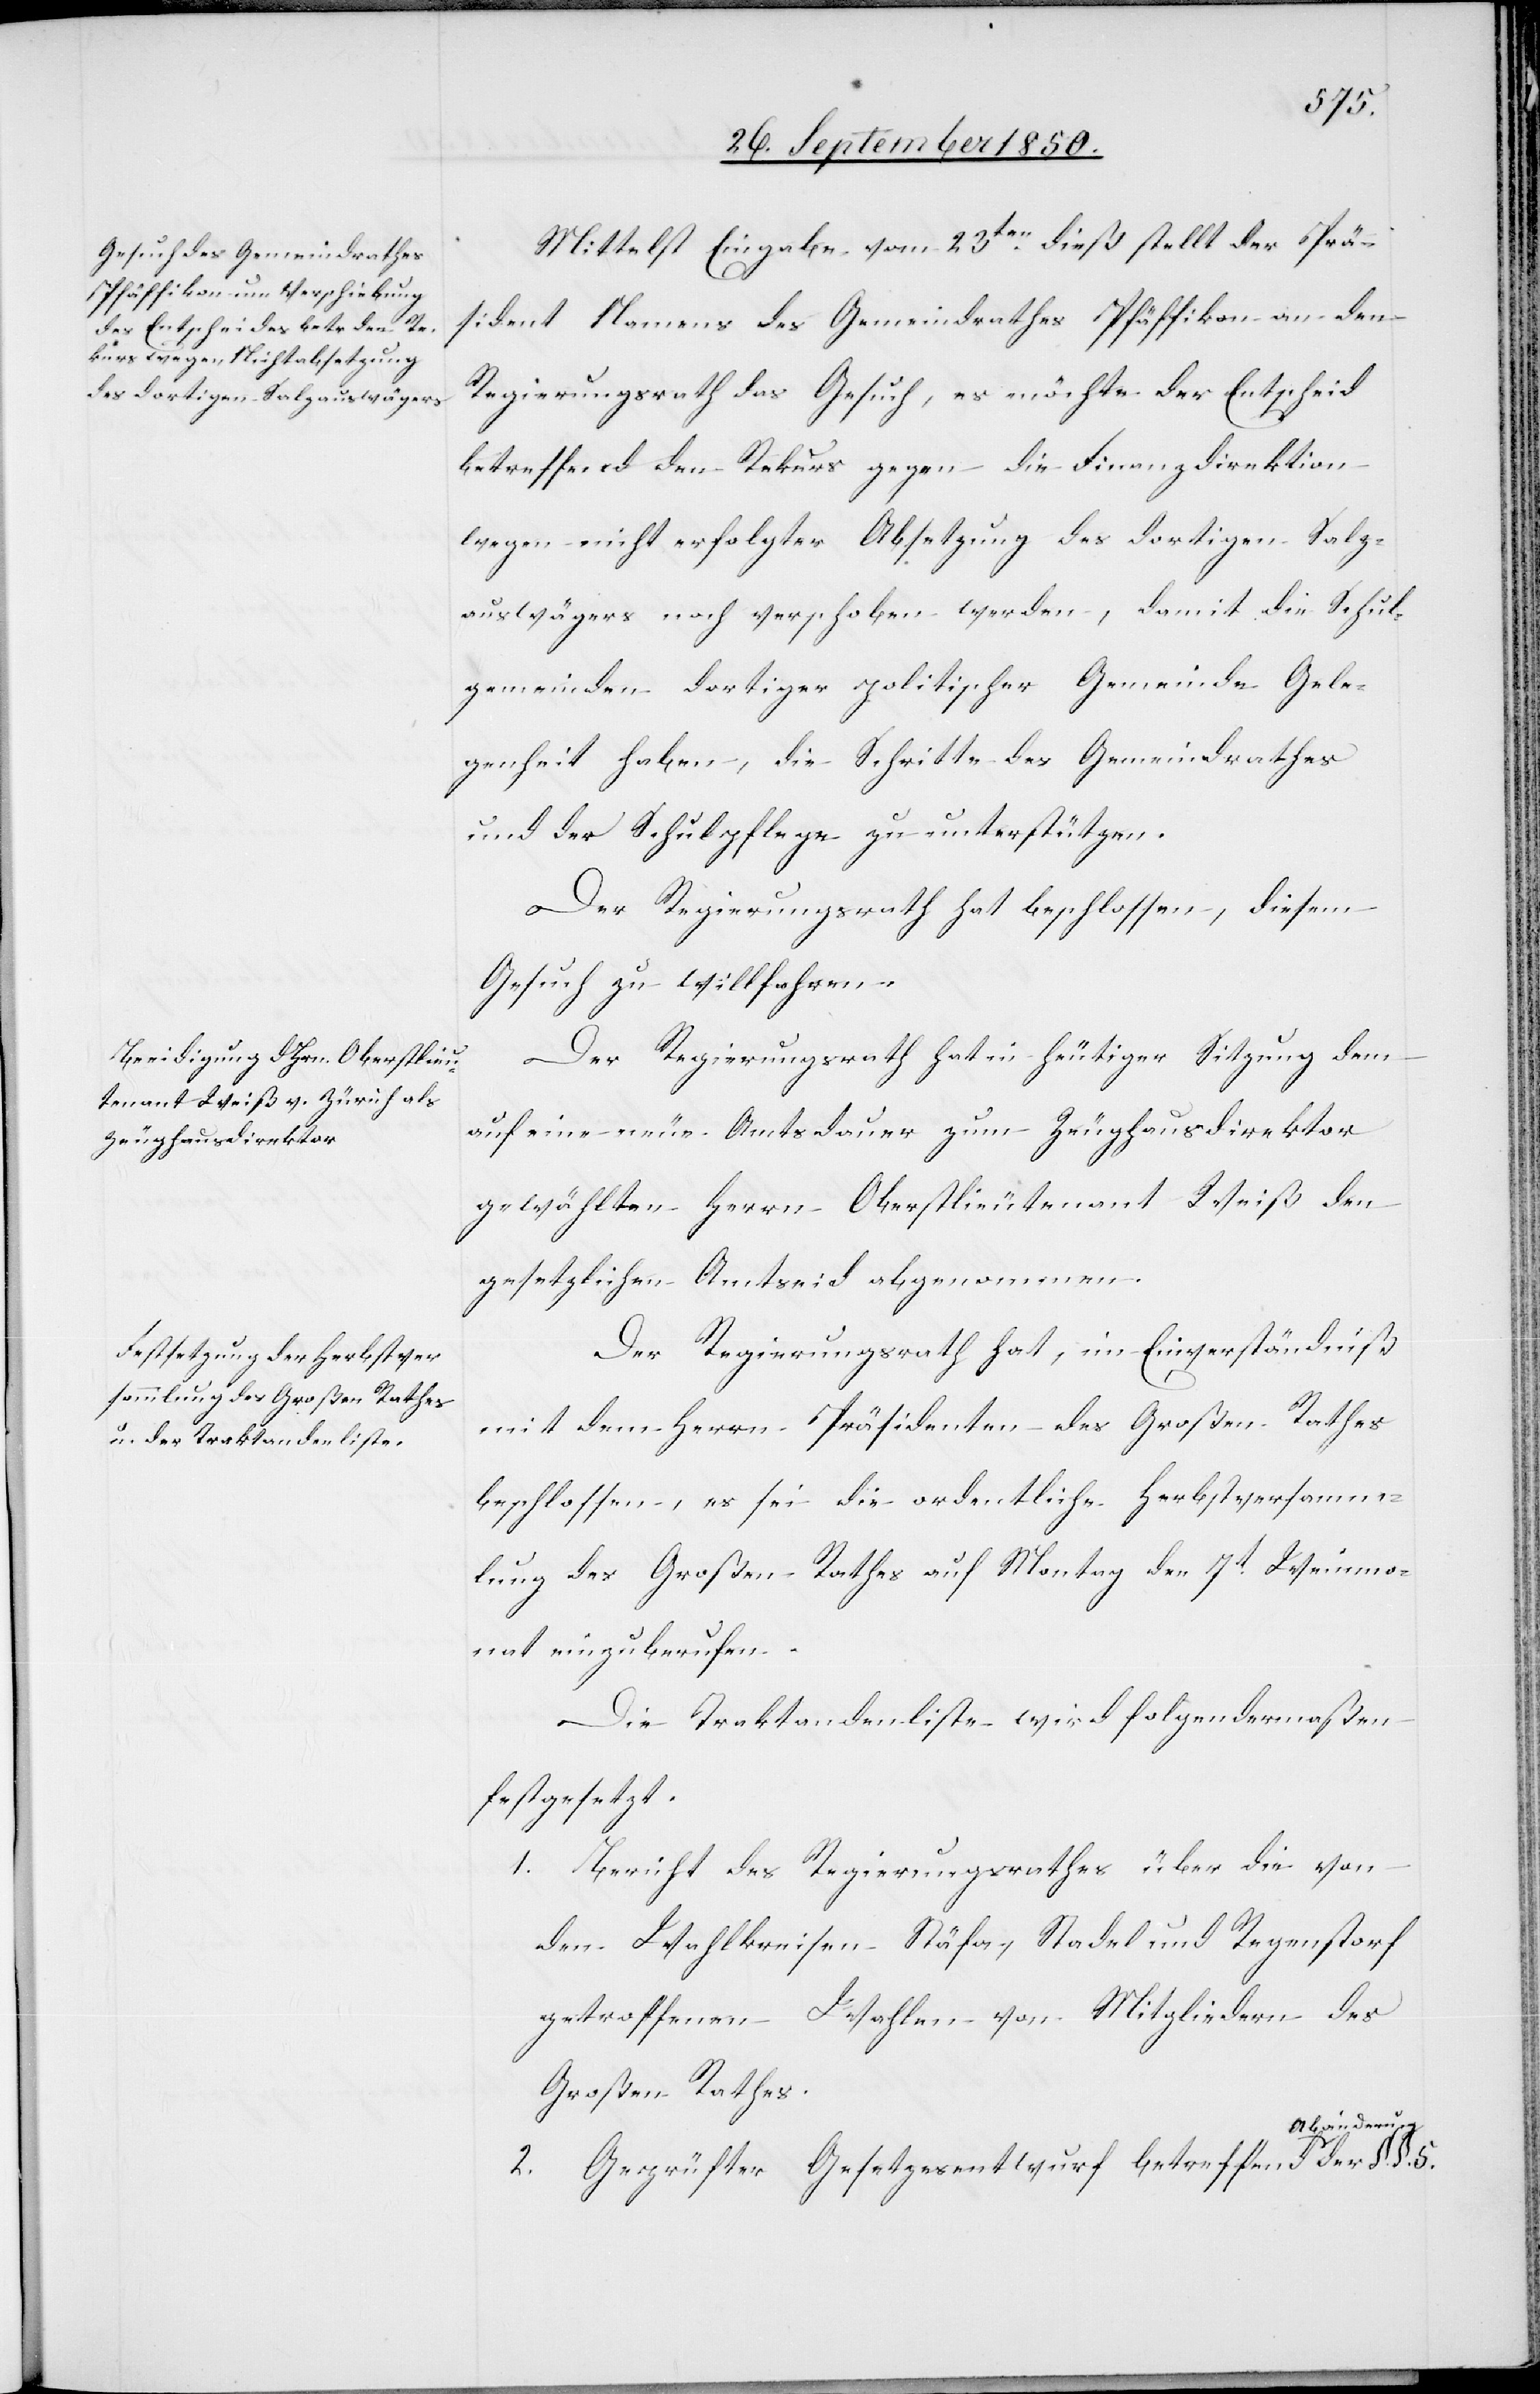
§. §. 5.
Mittelst Eingabe vom 23ten dieß stellt der Prä¬
sident Namens des Gemeindrathes Pfäffikon an den
Regierungsrath das Gesuch, es möchte der Entscheid
betreffend den Rekurs gegen die Finanzdirektion
wegen nicht erfolgter Absetzung des dortigen Salz¬
auswägers noch verschoben werden, damit die Schul¬
gemeinden dortiger politischer Gemeinde Gele¬
genheit haben, die Schritte des Gemeindrathes
und der Schulpflege zu unterstützen.
Der Regierungsrath hat beschlossen, diesem
Gesuch zu willfahren.
Der Regierungsrath hat in heutiger Sitzung dem
auf eine neue Amtsdauer zum Zeughausdirektor
gewählten Herrn Oberstlieutenant Weiß den
gesetzlichen Amtseid abgenommen.
Der Regierungsrath hat, im Einverständniß
mit dem Herrn Präsidenten des Großen Rathes
beschlossen, es sei die ordentliche Herbstversamm¬
lung des Großen Rathes auf Montag den 7t Weinmo¬
nat einzuberufen.
Die Traktandenliste wird folgendermaßen
festgesetzt.
1. Bericht des Regierungsrathes über die von
den Wahlkreisen Stäfa, Stadel und Regenstorf
getroffenen Wahlen von Mitgliedern des
Großen Rathes.
bänderung
2. Geprüfter Gesetzesentwurf betreffend A¬